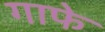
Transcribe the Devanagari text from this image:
गाफे